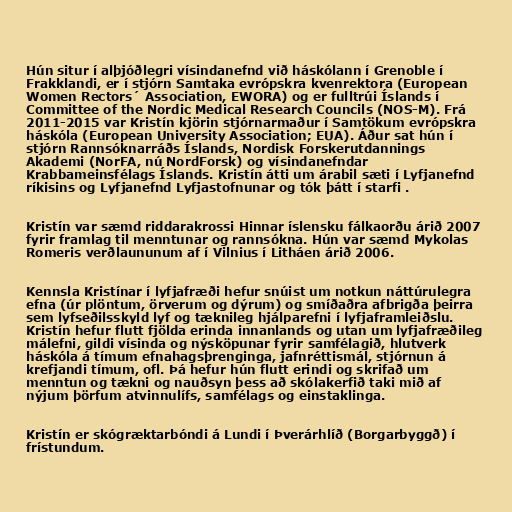
Hún situr í alþjóðlegri vísindanefnd við háskólann í Grenoble í
Frakklandi, er í stjórn Samtaka evrópskra kvenrektora (European
Women Rectors´ Association, EWORA) og er fulltrúi Íslands í
Committee of the Nordic Medical Research Councils (NOS-M). Frá
2011-2015 var Kristín kjörin stjórnarmaður í Samtökum evrópskra
háskóla (European University Association; EUA). Áður sat hún í
stjórn Rannsóknarráðs Íslands, Nordisk Forskerutdannings
Akademi (NorFA, nú NordForsk) og vísindanefndar
Krabbameinsfélags Íslands. Kristín átti um árabil sæti í Lyfjanefnd
ríkisins og Lyfjanefnd Lyfjastofnunar og tók þátt í starfi .

Kristín var sæmd riddarakrossi Hinnar íslensku fálkaorðu árið 2007
fyrir framlag til menntunar og rannsókna. Hún var sæmd Mykolas
Romeris verðlaununum af í Vilnius í Litháen árið 2006.

Kennsla Kristínar í lyfjafræði hefur snúist um notkun náttúrulegra
efna (úr plöntum, örverum og dýrum) og smíðaðra afbrigða þeirra
sem lyfseðilsskyld lyf og tæknileg hjálparefni í lyfjaframleiðslu.
Kristín hefur flutt fjölda erinda innanlands og utan um lyfjafræðileg
málefni, gildi vísinda og nýsköpunar fyrir samfélagið, hlutverk
háskóla á tímum efnahagsþrenginga, jafnréttismál, stjórnun á
krefjandi tímum, ofl. Þá hefur hún flutt erindi og skrifað um
menntun og tækni og nauðsyn þess að skólakerfið taki mið af
nýjum þörfum atvinnulífs, samfélags og einstaklinga.

Kristín er skógræktarbóndi á Lundi í Þverárhlíð (Borgarbyggð) í
frístundum.